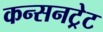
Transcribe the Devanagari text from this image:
कन्सनट्रेट